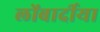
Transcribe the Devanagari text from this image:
लोंबार्दीया